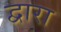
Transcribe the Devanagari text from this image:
द्वारा